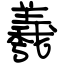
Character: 羲